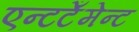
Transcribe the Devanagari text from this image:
एन्टटेँमेन्ट